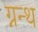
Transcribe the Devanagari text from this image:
ग्नन्थ